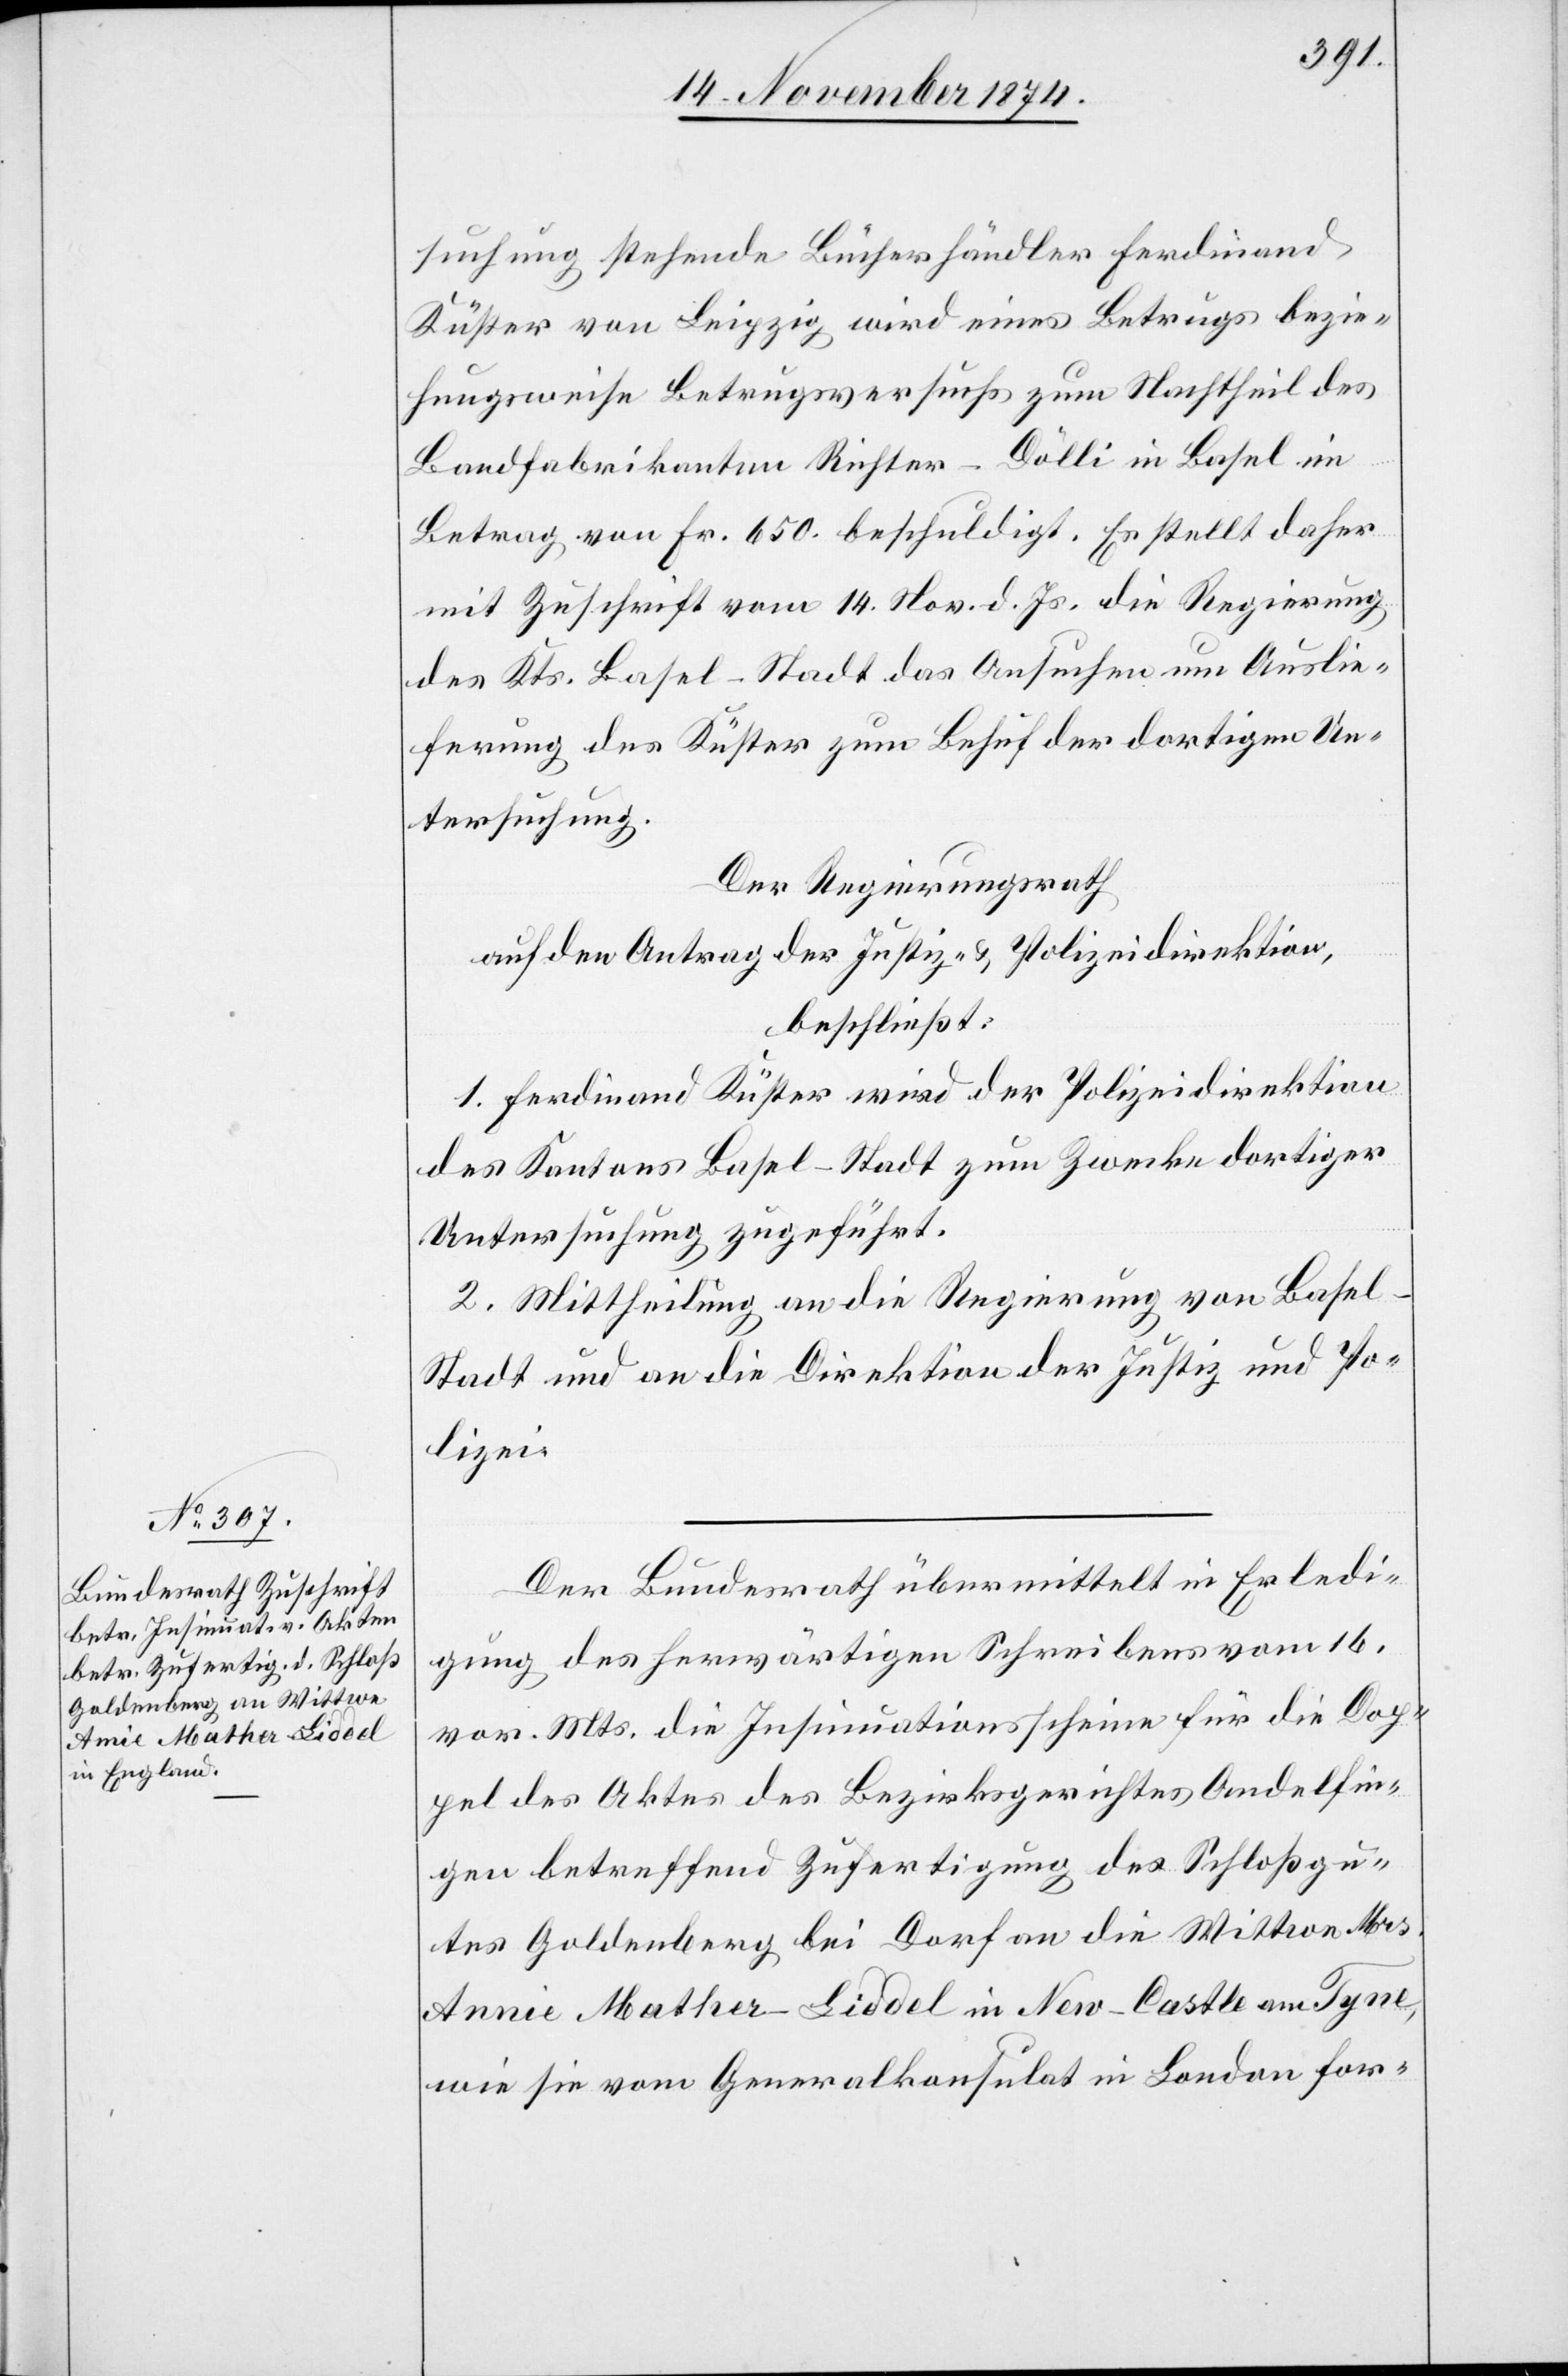
20. November 1874.]
suchung stehende Bücherhändler Ferdinand
Küster von Leipzig wird eines Betrugs bezie¬
hungsweise Betrugsversuchs zum Nachtheil des
Bandfabrikanten Richter-Dölli in Basel im
Betrag von Fr. 650. beschuldigt. Es stellt daher
mit Zuschrift vom 14. Nov. d. Js. die Regierung
des Kts. Basel-Stadt das Ansuchen um Auslie¬
ferung des Küster zum Behuf der dortigen Un¬
tersuchung.
Der Regierungsrath
auf den Antrag der Justiz- & Polizeidirektion,
beschließt:
1. Ferdinand Küster wird der Polizeidirektion
des Kantons Basel-Stadt zum Zwecke dortiger
Untersuchung zugeführt.
2. Mittheilung an die Regierung von Base¬
l-Stadt und an die Direktion der Justiz und Po¬
lizei.
Der Bundesrath übermittelt in Erledi¬
gung des herwärtigen Schreibens vom 16.
vor. Mts. die Insinuationsscheine für die Dop¬
pel des Aktes des Bezirksgerichtes Andelfin¬
gen betreffend Zufertigung des Schloßgu¬
tes Goldenberg bei Dorf an die Wittwe Mrs.
[sic!] Mather-Liddel in New-Castle am Tyne,
wie sie vom Generalkonsulat in London for-